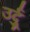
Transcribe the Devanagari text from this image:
उर्दुू